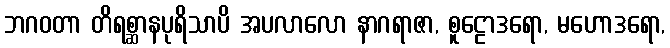
ဘဂဝတာ တိရစ္ဆာနပုရိသာပိ အပလာလော နာဂရာဇာ, စူဠောဒရော, မဟောဒရော,